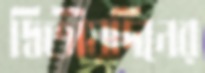
দ্বিতীয়দিনের